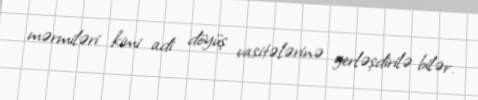
mərmiləri kimi adi döyüş vasitələrinə yerləşdirilə bilər.